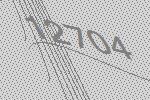
12704